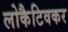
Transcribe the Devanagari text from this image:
लोकैटिवकर